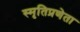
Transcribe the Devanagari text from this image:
स्मृतिप्रणेता